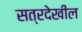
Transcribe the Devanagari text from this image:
सत्रदेखील